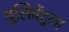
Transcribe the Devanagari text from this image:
पुलिवेंदुला